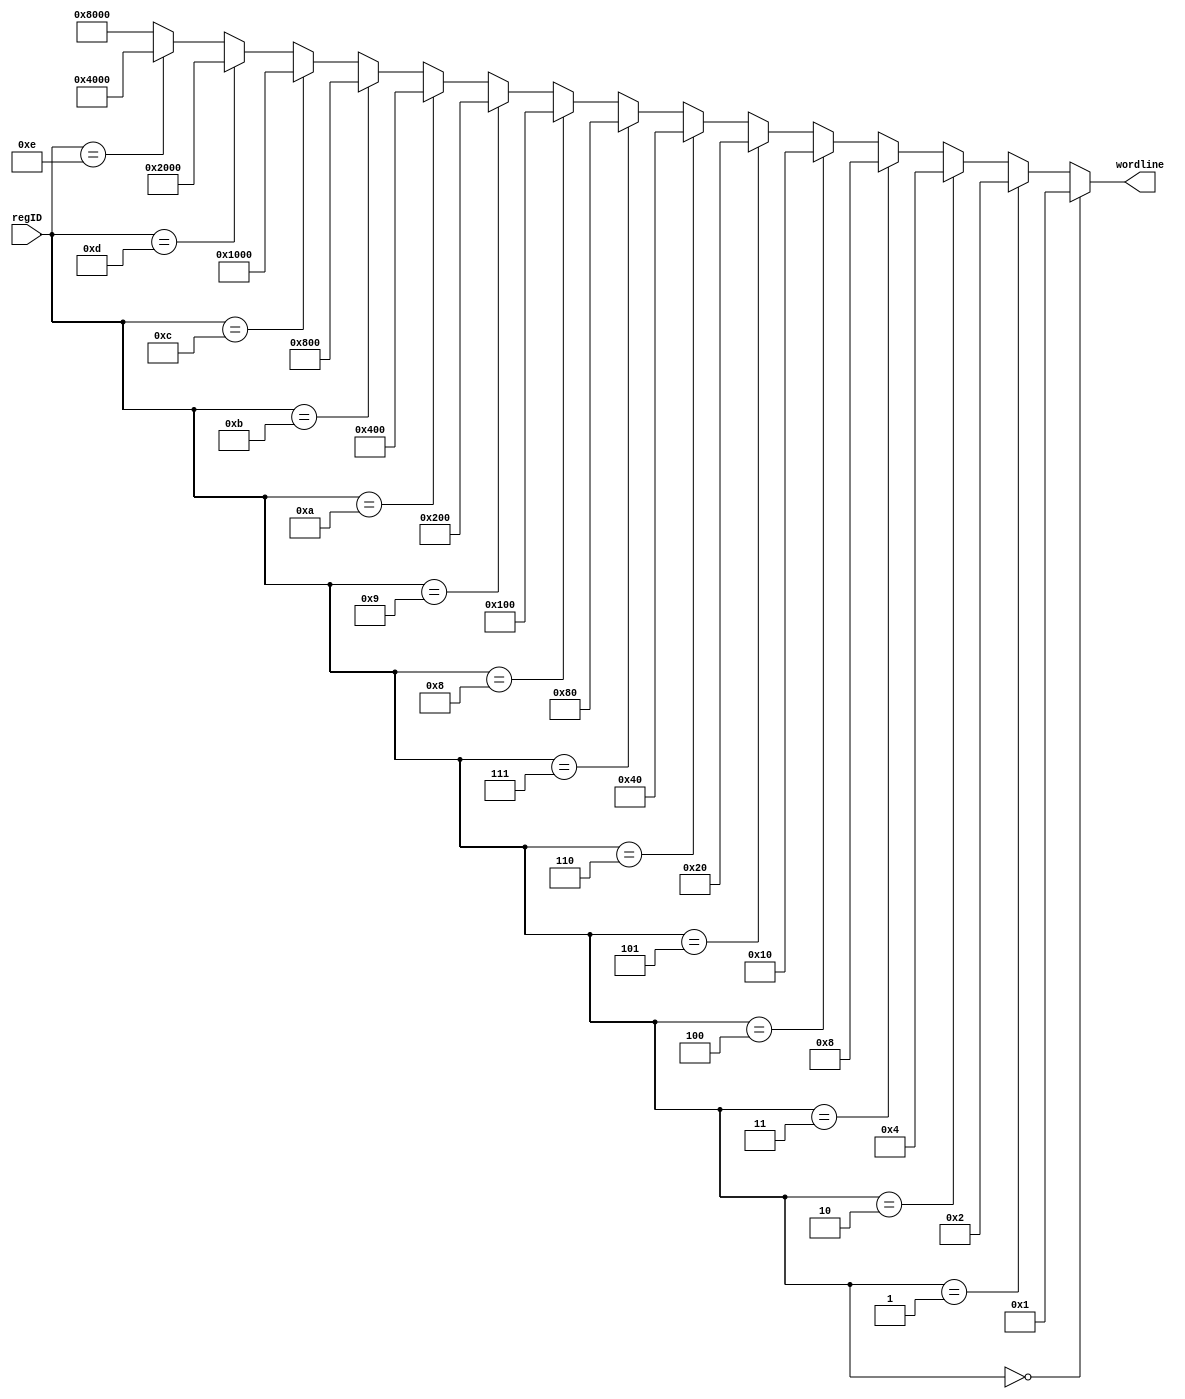
module readDecoder_4_16(input [3:0] regID, output [15:0] wordline);

	//Reades the 4 bit input and outputs a one hot 16 bit output
	assign wordline = (regID == 0) ? 16'h0001 : 
			(regID == 1) ? 16'h0002 : 
			(regID == 2) ? 16'h0004 :
			(regID == 3) ? 16'h0008 :
			(regID == 4) ? 16'h0010 :
			(regID == 5) ? 16'h0020 :
			(regID == 6) ? 16'h0040 :
			(regID == 7) ? 16'h0080 :
			(regID == 8) ? 16'h0100 :
			(regID == 9) ? 16'h0200 :
			(regID == 10) ? 16'h0400 :
			(regID == 11) ? 16'h0800 :
			(regID == 12) ? 16'h1000 :
			(regID == 13) ? 16'h2000 :
			(regID == 14) ? 16'h4000 :
			16'h8000;



endmodule
module writeDecoder_4_16(input [3:0] regID, input writeReg, output [15:0] wordline);

	wire [15:0] oneHot; 
	assign oneHot =  (regID == 0) ? 16'h0001 : 
			(regID == 1) ? 16'h0002 : 
			(regID == 2) ? 16'h0004 :
			(regID == 3) ? 16'h0008 :
			(regID == 4) ? 16'h0010 :
			(regID == 5) ? 16'h0020 :
			(regID == 6) ? 16'h0040 :
			(regID == 7) ? 16'h0080 :
			(regID == 8) ? 16'h0100 :
			(regID == 9) ? 16'h0200 :
			(regID == 10) ? 16'h0400 :
			(regID == 11) ? 16'h0800 :
			(regID == 12) ? 16'h1000 :
			(regID == 13) ? 16'h2000 :
			(regID == 14) ? 16'h4000 :
			16'h8000;
	assign wordline = writeReg ? oneHot : 16'h0000; 


endmodule